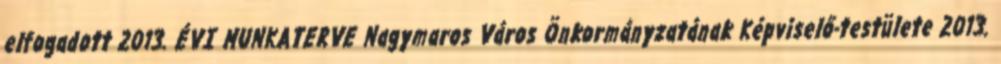
elfogadott 2013. ÉVI MUNKATERVE Nagymaros Város Önkormányzatának Képviselő-testülete 2013.